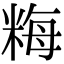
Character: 䊈